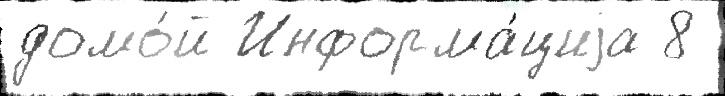
домо́й Информа́циjа 8